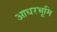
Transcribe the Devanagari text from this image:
आधरभूमि